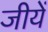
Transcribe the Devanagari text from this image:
जीयें